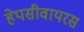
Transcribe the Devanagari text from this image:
हेपसीवायरस